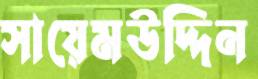
সায়েমউদ্দিন